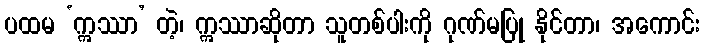
ပထမ ‘ဣဿာ’ တဲ့၊ ဣဿာဆိုတာ သူတစ်ပါးကို ဂုဏ်မပြု နိုင်တာ၊ အကောင်း